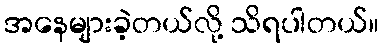
အနေများခဲ့တယ်လို့ သိရပါတယ်။